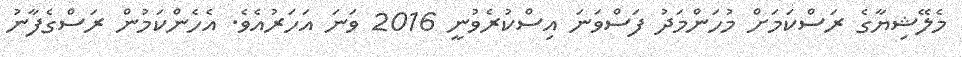
މެލޭޝިޔާގެ ރަސްކަމަށް މުހަންމަދު ފަސްވަނަ އިސްކުރެވުނީ 2016 ވަނަ އަހަރުއެވެ. އެހެންކަމުން ރަސްގެފާނު